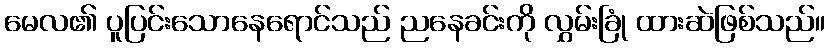
မေလ၏ ပူပြင်းသောနေရောင်သည် ညနေခင်းကို လွှမ်းခြုံ ထားဆဲဖြစ်သည်။